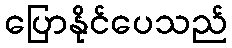
ပြောနိုင်ပေသည်